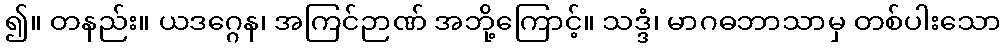
၍။ တနည်း။ ယဒဂ္ဂေန၊ အကြင်ဉာဏ် အဘို့ကြောင့်။ သဒ္ဒံ၊ မာဂဓဘာသာမှ တစ်ပါးသော